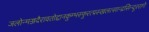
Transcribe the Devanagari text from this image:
जलोन्मज्जदैरावतोद्दानकुम्भस्फुरत्प्रस्खलत्सान्द्रसिन्दूररागे